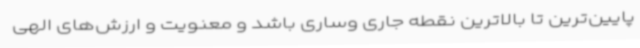
پایین‌ترین تا بالاترین نقطه جاری وساری باشد و معنویت و ارزش‌های الهی